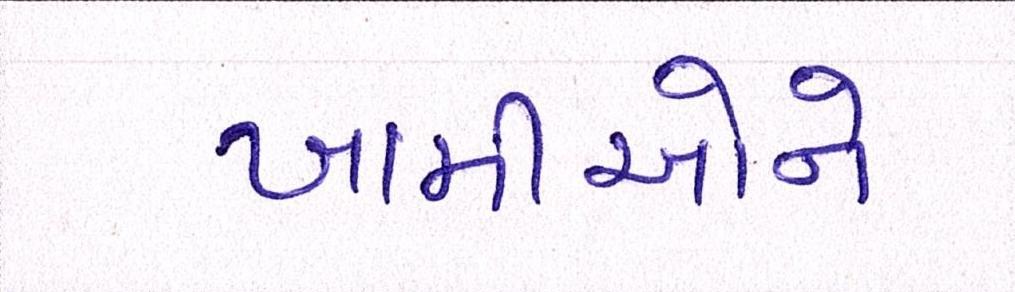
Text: ખામીઓને